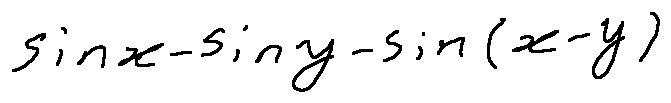
\sin x - \sin y - \sin ( x - y )